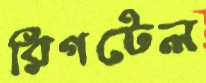
রিগটেল